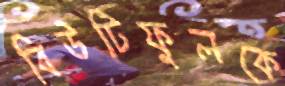
বিউটিফুলকে